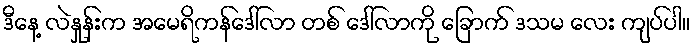
ဒီနေ့ လဲနှုန်းက အမေရိကန်ဒေါ်လာ တစ် ဒေါ်လာကို ခြောက် ဒသမ လေး ကျပ်ပါ။